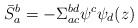
LaTeX: \begin{align*}\bar{S}_{a}^{b} = - \Sigma_{ac}^{bd} \psi^{c} \psi_{d} (z)\end{align*}